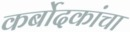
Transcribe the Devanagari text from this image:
कर्बोदकांचा